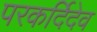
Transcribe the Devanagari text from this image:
परकर्दिदेव